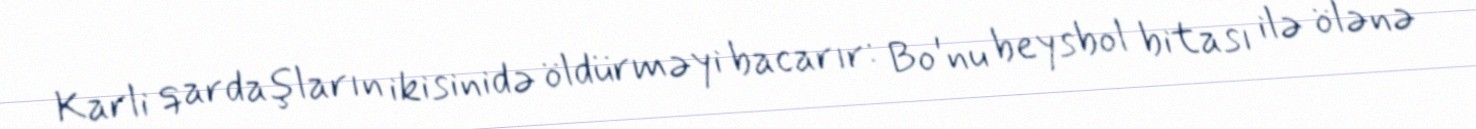
Karli qardaşların ikisinidə öldürməyi bacarır: Bo'nu beysbol bitası ilə ölənə